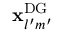
\mathbf { x } _ { l ^ { \prime } m ^ { \prime } } ^ { \mathrm { { D G } } }